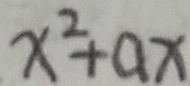
x ^ { 2 } + a x